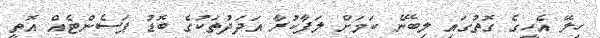
ހިލޭ އެހީގެ ގޮތުގައި ލިބޭނެ ކަމަށް ލަފާކުރާ އަދަދުތަކުގެ ބޮޑު ޕަސެންޓެއް އޮތީ